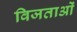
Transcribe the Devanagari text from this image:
विजताओं